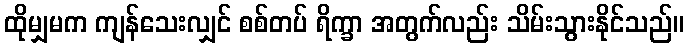
ထိုမျှမက ကျန်သေးလျှင် စစ်တပ် ရိက္ခာ အတွက်လည်း သိမ်းသွားနိုင်သည်။